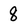
Character: 8